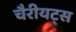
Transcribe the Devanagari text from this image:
चैरीयट्स